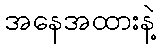
အနေအထားနဲ့